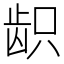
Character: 𱌫